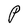
Character: P